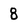
Character: 8